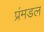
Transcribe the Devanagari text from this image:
प्रंमडल